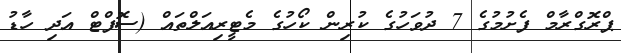
ޕްރޮގްރާމް ފެށުމުގެ 7 ދުވަހުގެ ކުރިން ކޯހުގެ މެޓީރިއަލްތައް (ސޮފްޓް އަދި ހާޑު